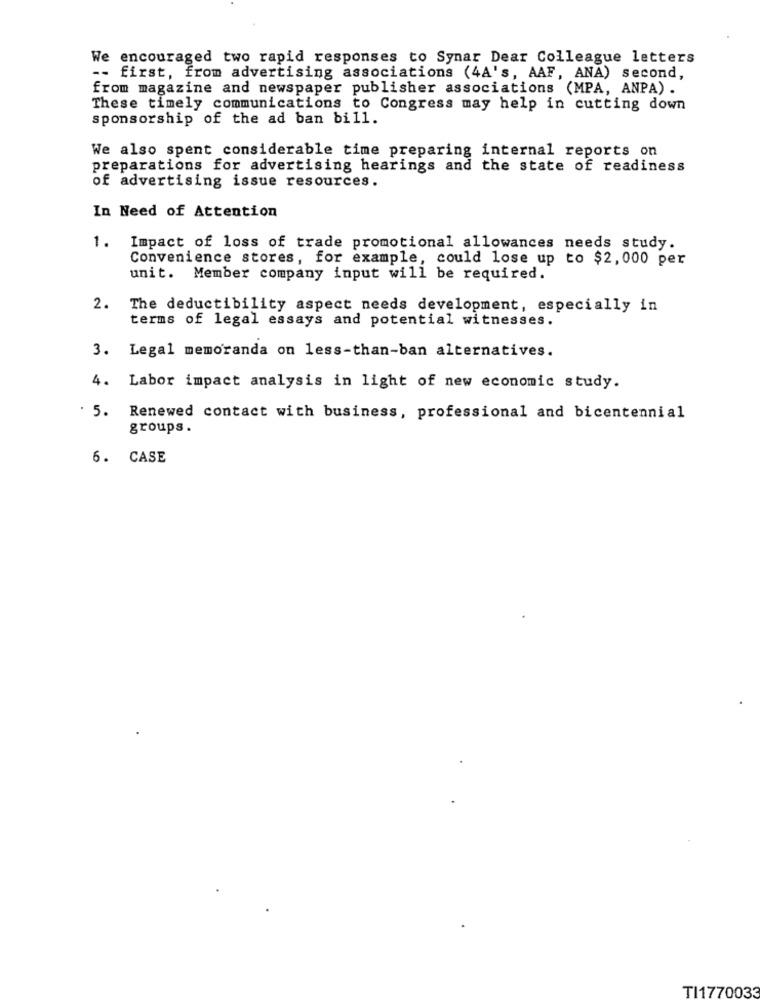
We encouraged two rapid responses to Synar Dear Colleague letters
-- first, from advertising associations (4A's, AAF, ANA) second,
from magazine and newspaper publisher associations (MPA, ANPA) .
These timely communications to Congress may help in cutting down
sponsorship of the ad ban bill.
We also spent considerable time preparing internal reports on
preparations for advertising hearings and the state of readiness
of advertising issue resources.
In Need of Attention
1.
Impact of loss of trade promotional allowances needs study.
Convenience stores, for example, could lose up to $2,000 per
unit. Member company input will be required.
2.
The deductibility aspect needs development, especially in
terms of legal essays and potential witnesses.
3. Legal memoranda on less-than-ban alternatives.
4.
Labor impact analysis in light of new economic study.
. 5.
Renewed contact with business, professional and bicentennial
groups.
6. CASE
TI1770033